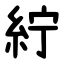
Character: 紵